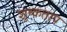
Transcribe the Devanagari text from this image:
शुष्कताप